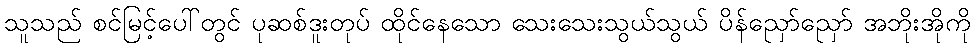
သူသည် စင်မြင့်ပေါ်တွင် ပုဆစ်ဒူးတုပ် ထိုင်နေသော သေးသေးသွယ်သွယ် ပိန်ညှော်ညှော် အဘိုးအိုကို